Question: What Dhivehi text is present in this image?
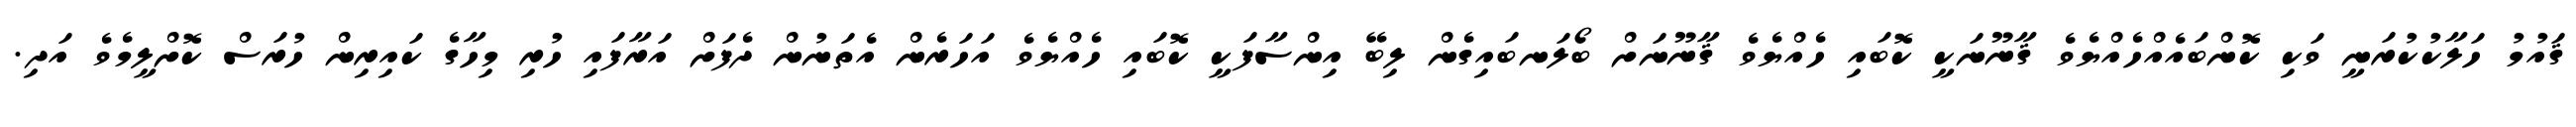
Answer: ޤައުމު ހަލާކުކުރަނީ ވަކި ކޮންބައެއްހެއްޔެވެ ޤާނޫނަކީ ކޮބައި ހެއްޔެވެ ޤާނޫނަށް ބޯލަނބައިގެން ލިބޭ އިންސާފަކީ ކޮބައި ހެއްޔެވެ އަހަރެން އެތަނުން ދެފަށް އަރާފައި ހުރި މިހާގެ ކައިރިން ހުރަސް ކޮށްލީމެވެ އަދި.